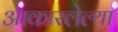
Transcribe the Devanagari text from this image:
आकारलेल्या